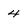
Character: 4